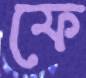
ফে